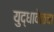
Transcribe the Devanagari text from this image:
युद्धावेळचा